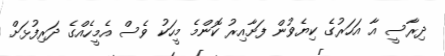
ދިރާސީ އާ އަހަރުގެ ކިޔެވުން ފަށާއިރު ކޮންމެ މީހަކު ވެސް އެމީހެއްގެ ދަރިފުޅަށް